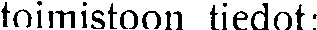
toimistoon tiedot: